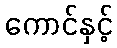
ကောင်နှင့်